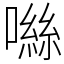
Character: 噝